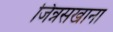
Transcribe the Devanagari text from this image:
जिन्नसखाना